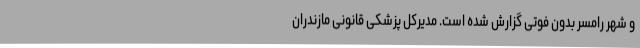
و شهر رامسر بدون فوتی گزارش شده است. مدیرکل پزشکی قانونی مازندران